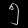
Digit: ၅